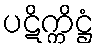
ပဋိက္ကိဋ္ဌံ